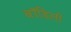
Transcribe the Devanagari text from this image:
बॉडिली